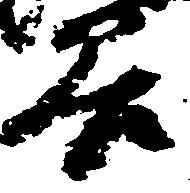
原